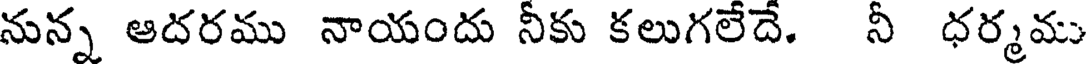
నున్న ఆదరము నాయందు నీకు కలుగలేదే. నీ ధర్మము